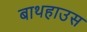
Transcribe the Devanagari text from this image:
बाथहाउस